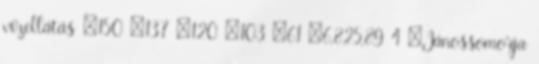
vízellátás ▪150 ▪137 ▪120 ▪103 ▪61 ▪6,825,89 4 ▪Jánossomorja